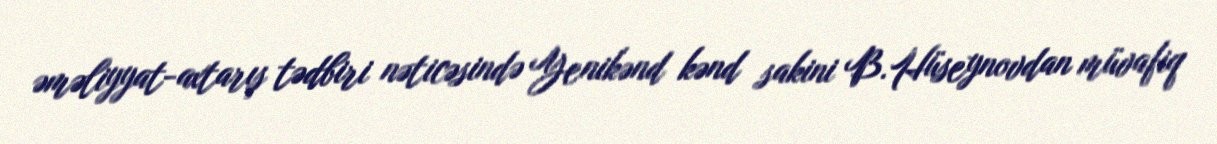
əməliyyat-axtarış tədbiri nəticəsində Yenikənd kənd sakini B.Hüseynovdan müvafiq